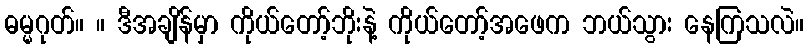
ဓမ္မဂုတ်။ ။ ဒီအချိန်မှာ ကိုယ်တော့်ဘိုးနဲ့ ကိုယ်တော့်အဖေက ဘယ်သွား နေကြသလဲ။